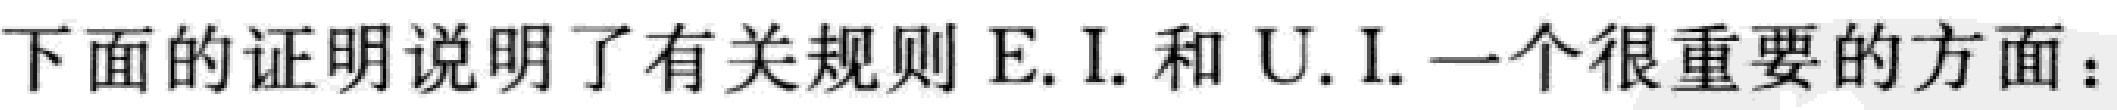
下面的证明说明了有关规则 E.I. 和 U.I. 一个很重要的方面：